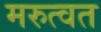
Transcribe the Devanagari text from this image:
मरुत्वत